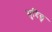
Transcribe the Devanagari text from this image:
मुदिछु